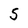
Character: S